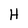
Character: H